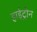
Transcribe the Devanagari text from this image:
हाईट्रोन